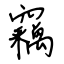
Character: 竊